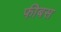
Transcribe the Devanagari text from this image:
फीबस